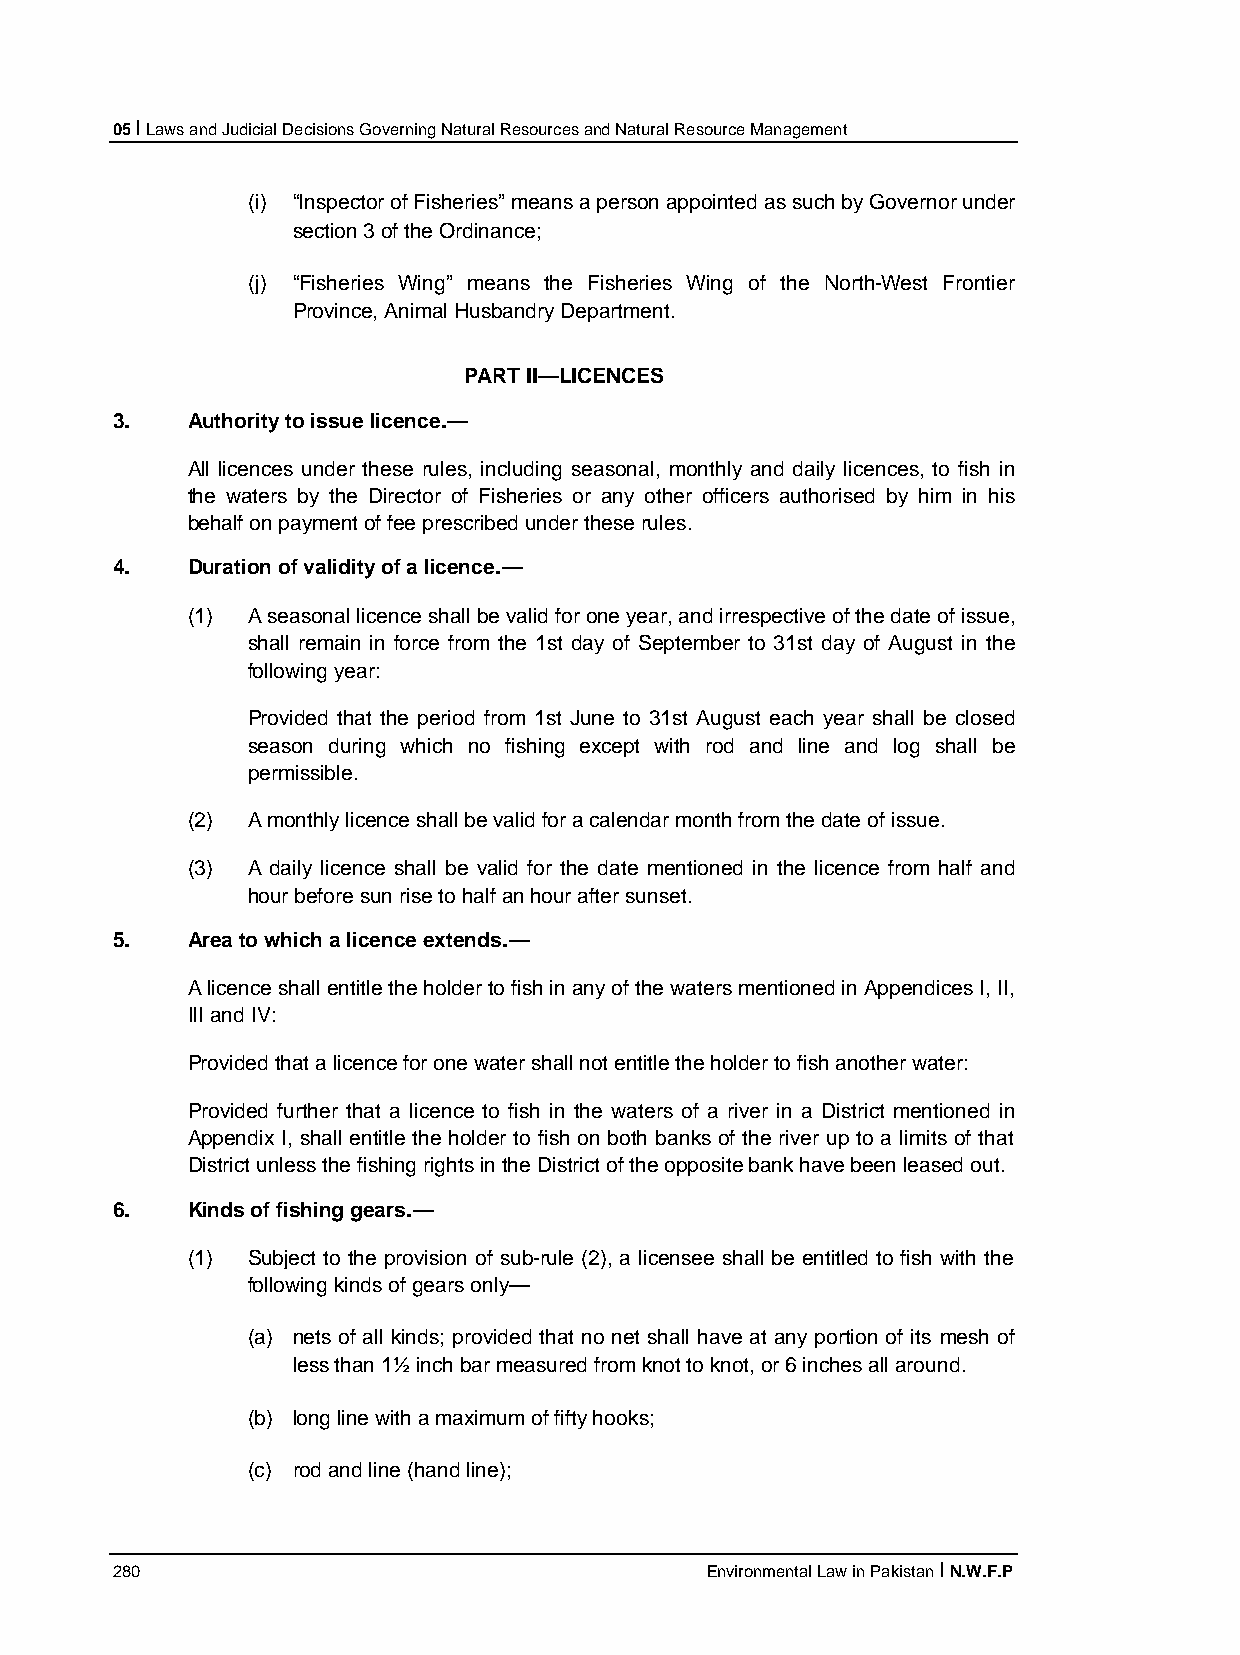
05 I Laws and Judicial Decisions Governing Natural Resources and Natural Resource Management
 (i) “Inspector of Fisheries” means a person appointed as such by Governor under
 section 3 of the Ordinance;
 (j) “Fisheries Wing” means the Fisheries Wing of the North-West Frontier
 Province, Animal Husbandry Department.
 PART II—LICENCES
 3.   Authority to issue licence.—
 All licences under these rules, including seasonal, monthly and daily licences, to fish in
 the waters by the Director of Fisheries or any other officers authorised by him in his
 behalf on payment of fee prescribed under these rules.
 4.   Duration of validity of a licence.—
 (1) A seasonal licence shall be valid for one year, and irrespective of the date of issue,
 shall remain in force from the 1st day of September to 31st day of August in the
 following year:
 Provided that the period from 1st June to 31st August each year shall be closed
 season during which no fishing except with rod and line and log shall be
 permissible.
 (2) A monthly licence shall be valid for a calendar month from the date of issue.
 (3) A daily licence shall be valid for the date mentioned in the licence from half and
 hour before sun rise to half an hour after sunset.
 5.   Area to which a licence extends.—
 A licence shall entitle the holder to fish in any of the waters mentioned in Appendices I, II,
 III and IV:
 Provided that a licence for one water shall not entitle the holder to fish another water:
 Provided further that a licence to fish in the waters of a river in a District mentioned in
 Appendix I, shall entitle the holder to fish on both banks of the river up to a limits of that
 District unless the fishing rights in the District of the opposite bank have been leased out.
 6.   Kinds of fishing gears.—
 (1) Subject to the provision of sub-rule (2), a licensee shall be entitled to fish with the
 following kinds of gears only—
 (a) nets of all kinds; provided that no net shall have at any portion of its mesh of
 less than 1½ inch bar measured from knot to knot, or 6 inches all around.
 (b) long line with a maximum of fifty hooks;
 (c) rod and line (hand line);
 280                                     Environmental Law in Pakistan I N.W.F.P